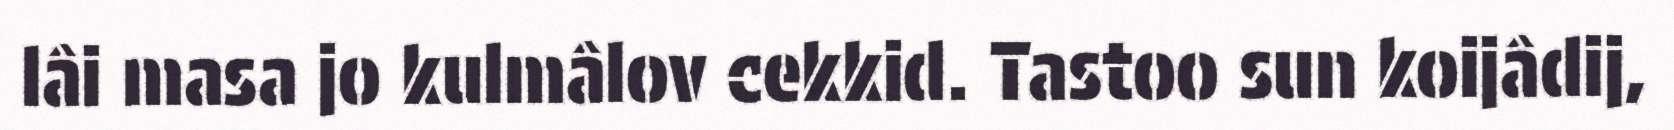
lâi masa jo kulmâlov cekkid. Tastoo sun koijâdij,